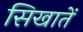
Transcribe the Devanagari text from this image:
सिखातें